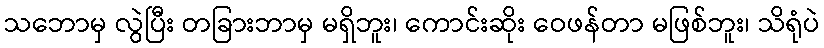
သဘောမှ လွဲပြီး တခြားဘာမှ မရှိဘူး၊ ကောင်းဆိုး ဝေဖန်တာ မဖြစ်ဘူး၊ သိရုံပဲ